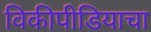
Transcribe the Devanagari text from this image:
विकीपीडियाचा